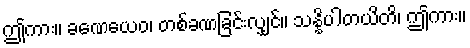
ဤကား။ ခဏေယေဝ၊ တစ်ခဏခြင်းလျှင်။ သန္နိပါတယိတိ၊ ဤကား။